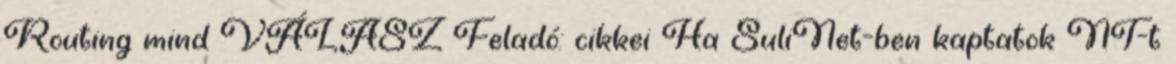
Routing mind VÁLASZ Feladó: cikkei Ha SuliNet-ben kaptatok NT-t